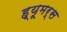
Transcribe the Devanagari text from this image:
ह्यूमर्स